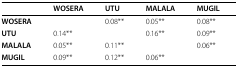
<table><thead><tr><td></td><td><b>WOSERA</b></td><td><b>UTU</b></td><td><b>MALALA</b></td><td><b>MUGIL</b></td></tr></thead><tbody><tr><td><b>WOSERA</b></td><td></td><td>0.08**</td><td>0.05**</td><td>0.08**</td></tr><tr><td><b>UTU</b></td><td>0.14**</td><td></td><td>0.16**</td><td>0.09**</td></tr><tr><td><b>MALALA</b></td><td>0.05**</td><td>0.11**</td><td></td><td>0.06**</td></tr><tr><td><b>MUGIL</b></td><td>0.09**</td><td>0.12**</td><td>0.06**</td><td></td></tr></tbody></table>